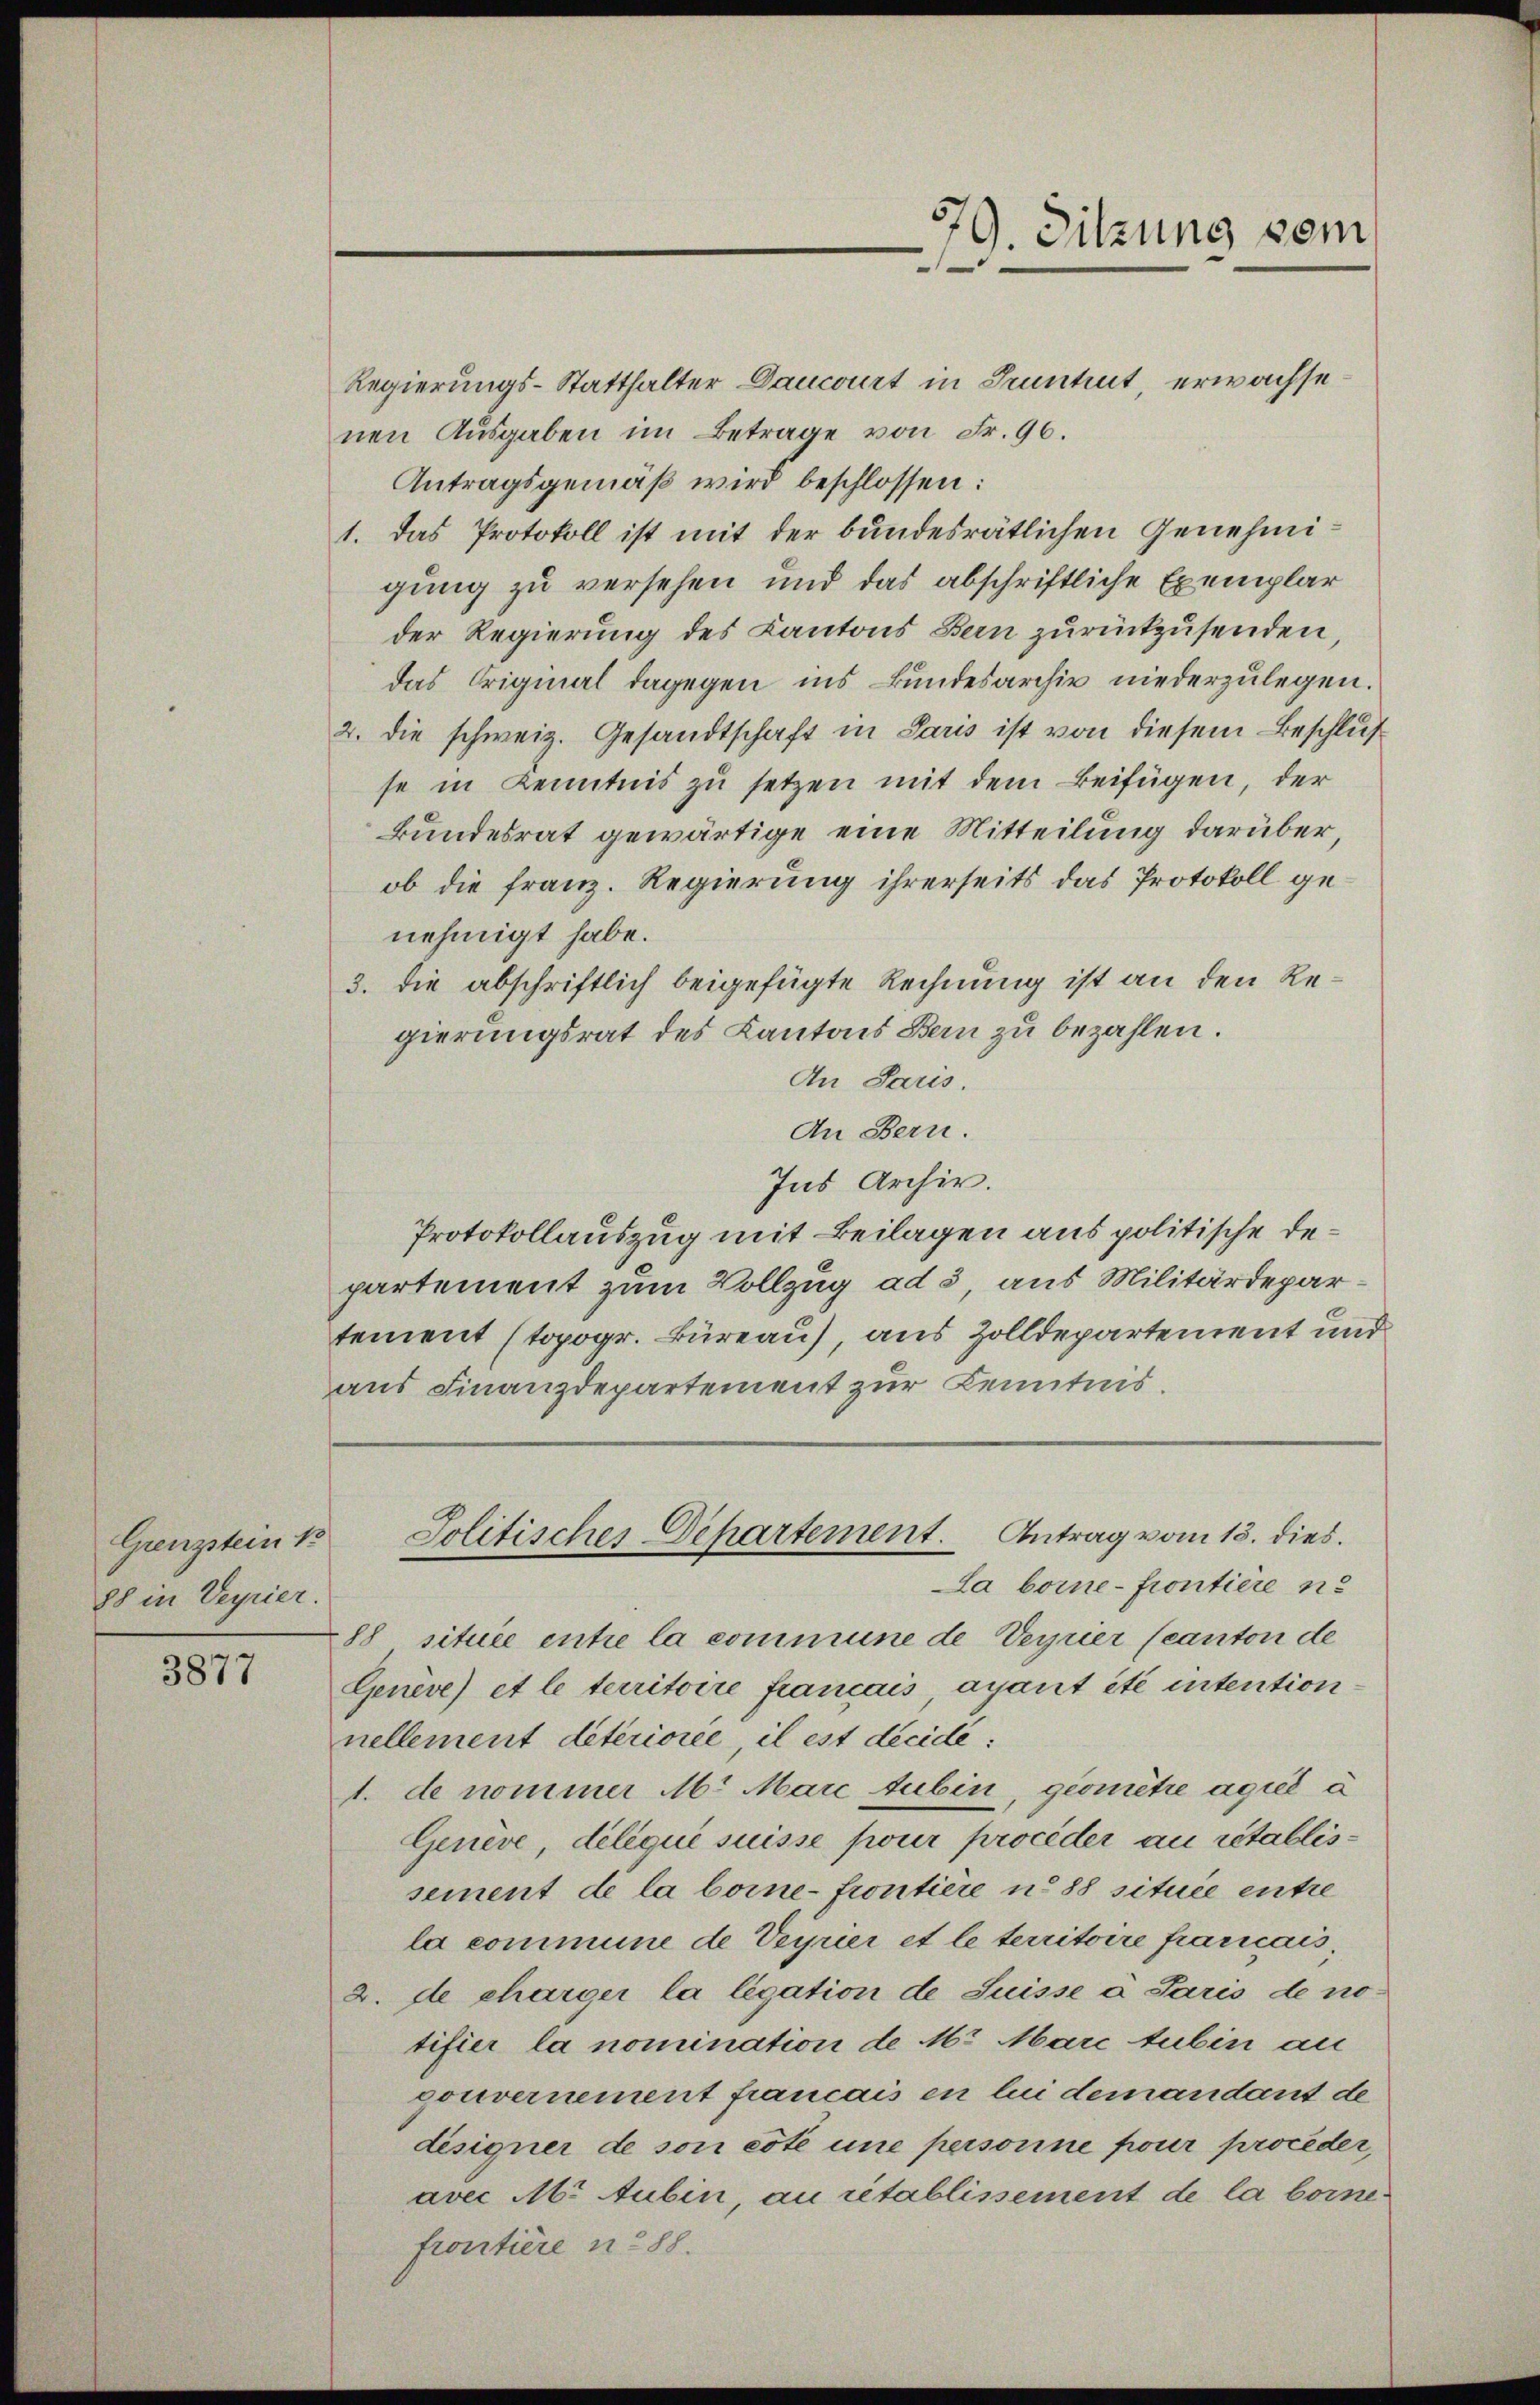
Grenzstein k
88 in Veyrier.

3877

Regierungs-Statthalter Dancourt in Pruntert, erwachsenen Ausgaben im Betrage von Fr. 96.
Antragsgemäß wird beschlossen:
1. Das Protokoll ist mit der bundesrätlichen Genehmigung zu versehen und das abschriftliche Exemplar
der Regierung des Kantons Bern zurückzusenden,
das Original dagegen ins Bundesarchiv niederzulegen.
2. die schweiz. Gesandtschaft in Paris ist von diesem Beschluß
se in Kenntnis zu setzen mit dem Beifügen, der
Bundesrat gewärtige eine Mitteilung darüber,
ob die Franz. Regierung ihrerseits das Protokoll genehmigt habe.
3. die abschriftlich beigefügte Rechnung ist an den Regierungsrat des Kantons Bern zu bezahlen.
An Paris.
An Bern.
Ins Archiv.
Protokollauszug mit Beilagen aus politische Departement zum Vollzug ad 3, aus Militärdepartement (topogr. Büreau, aus Zolldepartement und
aus Finanzdepartement zur Kenntnis.
Solitisches Departement. Antrag vom 18. dies
La boine-frontiere ne
88 située entre la commune de Verrier (canton de
Genève) et le territoire francais, ayant été intentionnellement détérioree il est decide:
1. de nommer M. Marc tubin, geometre agit à
Geneve, deliqui suisse pour procéder au rétablissement de la boine-frontiere u. 88 située entre
la commune de Veyrier et le territoire francais
2. de charger la legation de Suisse a Paris de no
tifier la nomination de Mr. Marc tubin an
gouvernement francais en lui demandant de
designer de son côte une personne pour proceder,
avec M. Aubin, au rétablissement de la bornefrontieren 288.

79. Sitzung vom